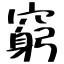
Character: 窮